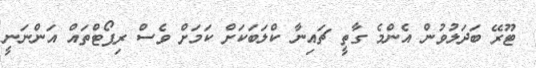
ޓޫރޭ ބަދަލުވުން އެންމެ ގާތީ ޗައިނާ ކްލަބަކަށް ކަމަށް ވެސް ރިޕޯޓްތައް އަންނަނީ